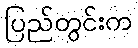
ပြည်တွင်းက